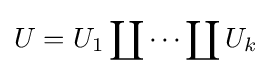
U=U_{1}\coprod \cdots \coprod U_{k}